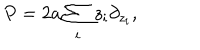
P = 2 a \sum _ { i } z _ { i } \partial _ { z _ { i } } ,